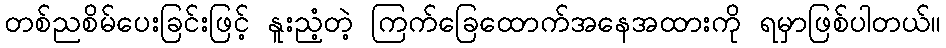
တစ်ညစိမ်ပေးခြင်းဖြင့် နူးညံ့တဲ့ ကြက်ခြေထောက်အနေအထားကို ရမှာဖြစ်ပါတယ်။